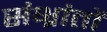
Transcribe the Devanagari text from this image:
संभ्रांतों